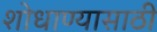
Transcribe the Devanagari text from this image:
शोधाण्यासाठी